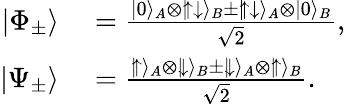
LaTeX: \begin{array}{rl}{|\Phi_{\pm}\rangle}&{{}=\frac{|0\rangle_{A}\otimes|\! \uparrow\downarrow\rangle_{B}\pm|\! \uparrow\downarrow\rangle_{A}\otimes|0\rangle_{B}}{\sqrt{2}},}\\ {|\Psi_{\pm}\rangle}&{{}=\frac{|\! \uparrow\rangle_{A}\otimes|\! \downarrow\rangle_{B}\pm|\! \downarrow\rangle_{A}\otimes|\! \uparrow\rangle_{B}}{\sqrt{2}}.}\end{array}